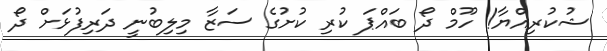
ޝުކުރިއްޔާ! ހޫމް ދޯ ބައްޕަ ކުރި ކުށުގެ ސަޒާ މިލިބުނީ ދަރިފުޅަށް ދޯ